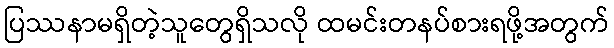
ပြဿနာမရှိတဲ့သူတွေရှိသလို ထမင်းတနပ်စားရဖို့အတွက်